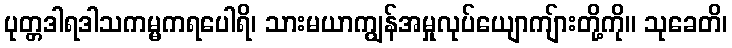
ပုတ္တဒါရဒါသကမ္မကရပေါရိ၊ သားမယာကျွန်အမှုလုပ်ယျောကျ်ားတို့ကို။ သုခေတိ၊